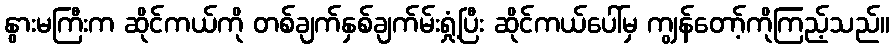
နွားမကြီးက ဆိုင်ကယ်ကို တစ်ချက်နှစ်ချက်မ်းရှုံ့ပြီး ဆိုင်ကယ်ပေါ်မှ ကျွန်တော့်ကိုကြည့်သည်။